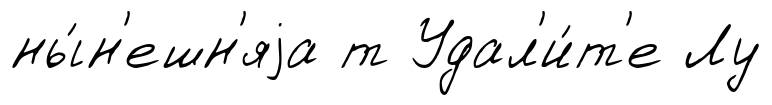
ны́н'ешн'яjа т Удал'и́т'е Лу